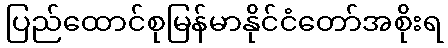
ပြည်ထောင်စုမြန်မာနိုင်ငံတော်အစိုးရ